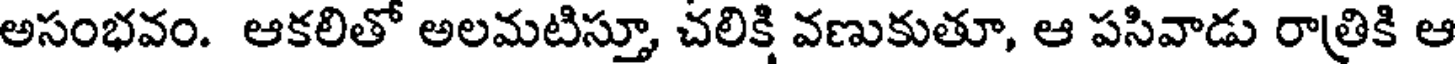
అసంభవం. ఆకలితో అలమటిస్తూ, చలిక్షి వణుకుతూ, ఆ పసివాడు రాత్రికి ఆ